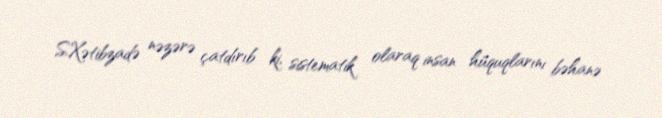
S.Xətibzadə nəzərə çatdırıb ki, sistematik olaraq insan hüquqlarını bəhanə